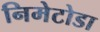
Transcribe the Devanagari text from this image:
निमेटोडा